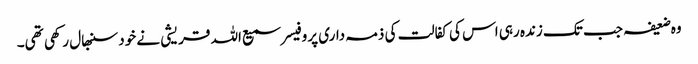
وہ ضعیفہ جب تک زندہ رہی اس کی کفالت کی ذمہ داری پروفیسر سمیع اللہ قریشی نے خود سنبھال رکھی تھی۔